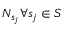
N _ { s _ { j } } \forall s _ { j } \in S